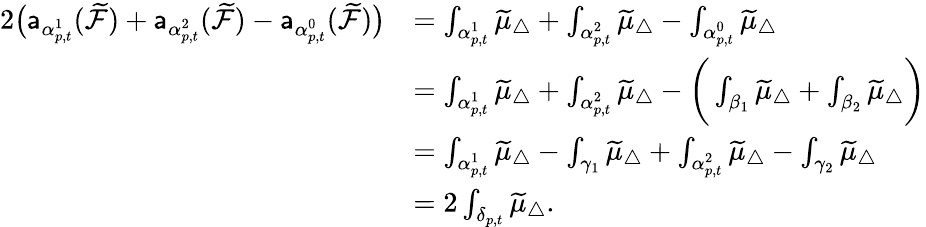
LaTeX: \begin{array}{rl}{2\big(\mathsf{a}_{\alpha_{p,t}^{1}}(\widetilde{\mathcal{F}})+\mathsf{a}_{\alpha_{p,t}^{2}}(\widetilde{\mathcal{F}})-\mathsf{a}_{\alpha_{p,t}^{0}}(\widetilde{\mathcal{F}})\big)}&{=\int_{\alpha_{p,t}^{1}}\widetilde{\mu}_{\triangle}+\int_{\alpha_{p,t}^{2}}\widetilde{\mu}_{\triangle}-\int_{\alpha_{p,t}^{0}}\widetilde{\mu}_{\triangle}}\\ &{=\int_{\alpha_{p,t}^{1}}\widetilde{\mu}_{\triangle}+\int_{\alpha_{p,t}^{2}}\widetilde{\mu}_{\triangle}-\bigg(\int_{\beta_{1}}\widetilde{\mu}_{\triangle}+\int_{\beta_{2}}\widetilde{\mu}_{\triangle}\bigg)}\\ &{=\int_{\alpha_{p,t}^{1}}\widetilde{\mu}_{\triangle}-\int_{\gamma_{1}}\widetilde{\mu}_{\triangle}+\int_{\alpha_{p,t}^{2}}\widetilde{\mu}_{\triangle}-\int_{\gamma_{2}}\widetilde{\mu}_{\triangle}}\\ &{=2\int_{\delta_{p,t}}\widetilde{\mu}_{\triangle}.}\end{array}